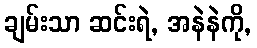
ချမ်းသာ ဆင်းရဲ, အနဲနဲကို,